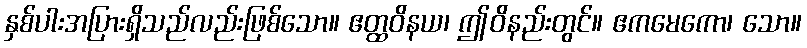
နှစ်ပါးအပြားရှိသည်လည်းဖြစ်သော။ ဧတ္ထဝိနယ၊ ဤဝိနည်းတွင်။ ဧကမေကော၊ သော။